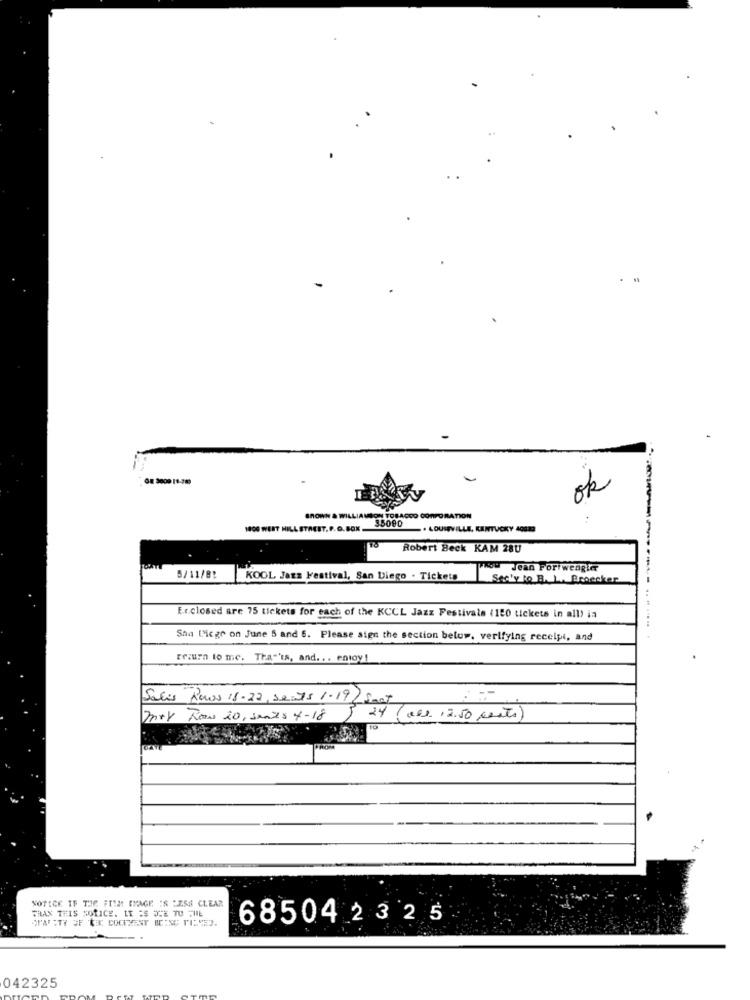
ok
BROWN & WILLIAMSON TOBACCO CORPORATION
3509D
1800 WERT HILL STREET. P. O. BOX.
. LOUISVILLE, KENTUCKY 4GB
Robert Beck KAM 28U
how Jean Foriwengler
5/11/82
KOOL Jazz Festival, San Diego . Tickets
Secty to B. L. Broecker
Er.closed are 75 tickets for each of the KCCL Jazz Festivals (150 tickets in all) in
Sha Diege on June 5 and 6. Please sign the section below. verifying receipt, and
Frauen to me. That's, and ... entoy !
Salis Rows 18-22, seats 1.19 Sect
mer Row 20, sants 4-18
5
24 (ve) ,2.50 cents
NOTICE IF THE FILM IMAGE IS :Z58 CLEAR
THAN THIS HORICE. LE IS DIE TO THE
6850423 2 5
042325